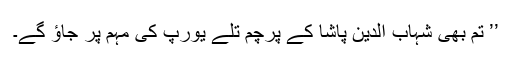
’’ تم بھی شہاب الدین پاشا کے پرچم تلے یورپ کی مہم پر جاؤ گے۔